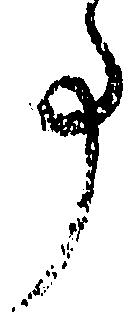
事